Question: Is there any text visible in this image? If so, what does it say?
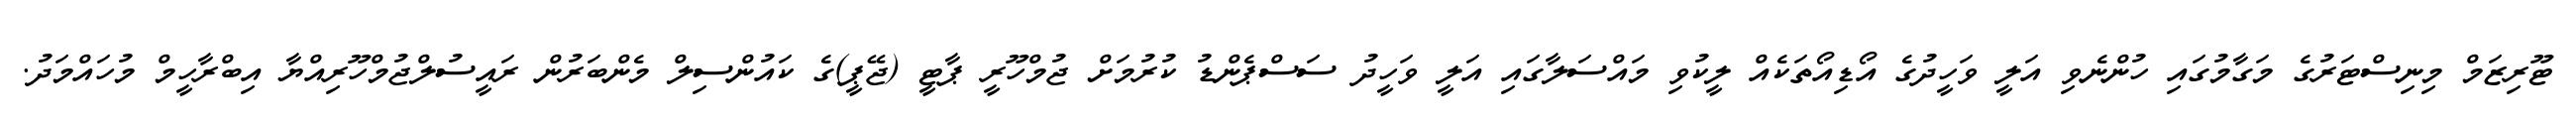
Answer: ޓޫރިޒަމް މިނިސްޓަރުގެ މަގާމުގައި ހުންނެވި އަލީ ވަހީދުގެ އޯޑިއޯތަކެއް ލީކުވި މައްސަލާގައި އަލީ ވަހީދު ސަސްޕެންޑު ކުރުމަށް ޖުމްހޫރީ ޕާޓީ (ޖޭޕީ)ގެ ކައުންސިލް މެންބަރުން ރައީސުލްޖުމްހޫރިއްޔާ އިބްރާހީމް މުހައްމަދު.